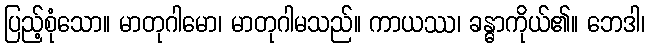
ပြည့်စုံသော။ မာတုဂါမော၊ မာတုဂါမသည်။ ကာယဿ၊ ခန္ဓာကိုယ်၏။ ဘေဒါ၊